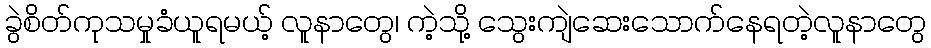
ခွဲစိတ်ကုသမှုခံယူရမယ့် လူနာတွေ၊ ကဲ့သို့ သွေးကျဲဆေးသောက်နေရတဲ့လူနာတွေ